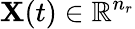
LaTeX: \mathbf{X}(t)\in\mathbb{{R}}^{n_{r}}